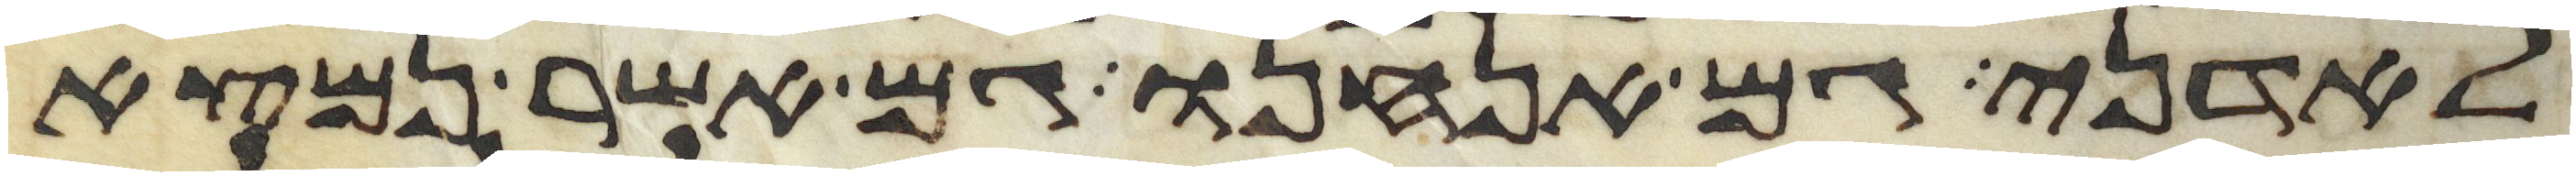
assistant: לאדני גם אנחנו גם אשר נמצא